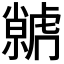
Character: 𮓭